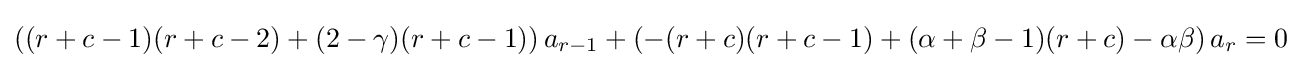
\left((r+c-1)(r+c-2)+(2-\gamma )(r+c-1)\right)a_{r-1}+\left(-(r+c)(r+c-1)+(\alpha +\beta -1)(r+c)-\alpha \beta \right)a_{r}=0